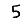
Digit: 5